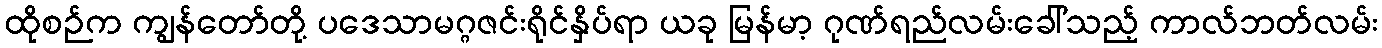
ထိုစဉ်က ကျွန်တော်တို့ ပဒေသာမဂ္ဂဇင်းရိုင်နှိပ်ရာ ယခု မြန်မာ့ ဂုဏ်ရည်လမ်းခေါ်သည့် ကာလ်ဘတ်လမ်း